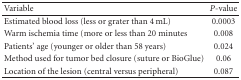
<table><thead><tr><td><b>Variable</b></td><td><b><i>P</i>-value</b></td></tr></thead><tbody><tr><td>Estimated blood loss (less or grater than 4 mL)</td><td>0.0003</td></tr><tr><td>Warm ischemia time (more or less than 20 minutes</td><td>0.008</td></tr><tr><td>Patients&#x27; age (younger or older than 58 years)</td><td>0.024</td></tr><tr><td>Method used for tumor bed closure (suture or BioGlue)</td><td>0.06</td></tr><tr><td>Location of the lesion (central versus peripheral)</td><td>0.087</td></tr></tbody></table>